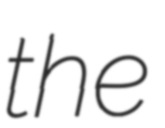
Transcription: the